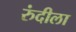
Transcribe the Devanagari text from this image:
रुंदीला